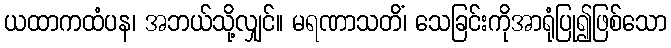
ယထာကထံပန၊ အဘယ်သို့လျှင်။ မရဏာသတိံ၊ သေခြင်းကိုအာရုံပြု၍ဖြစ်သော